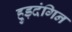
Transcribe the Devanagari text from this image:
हुड़दंगिन